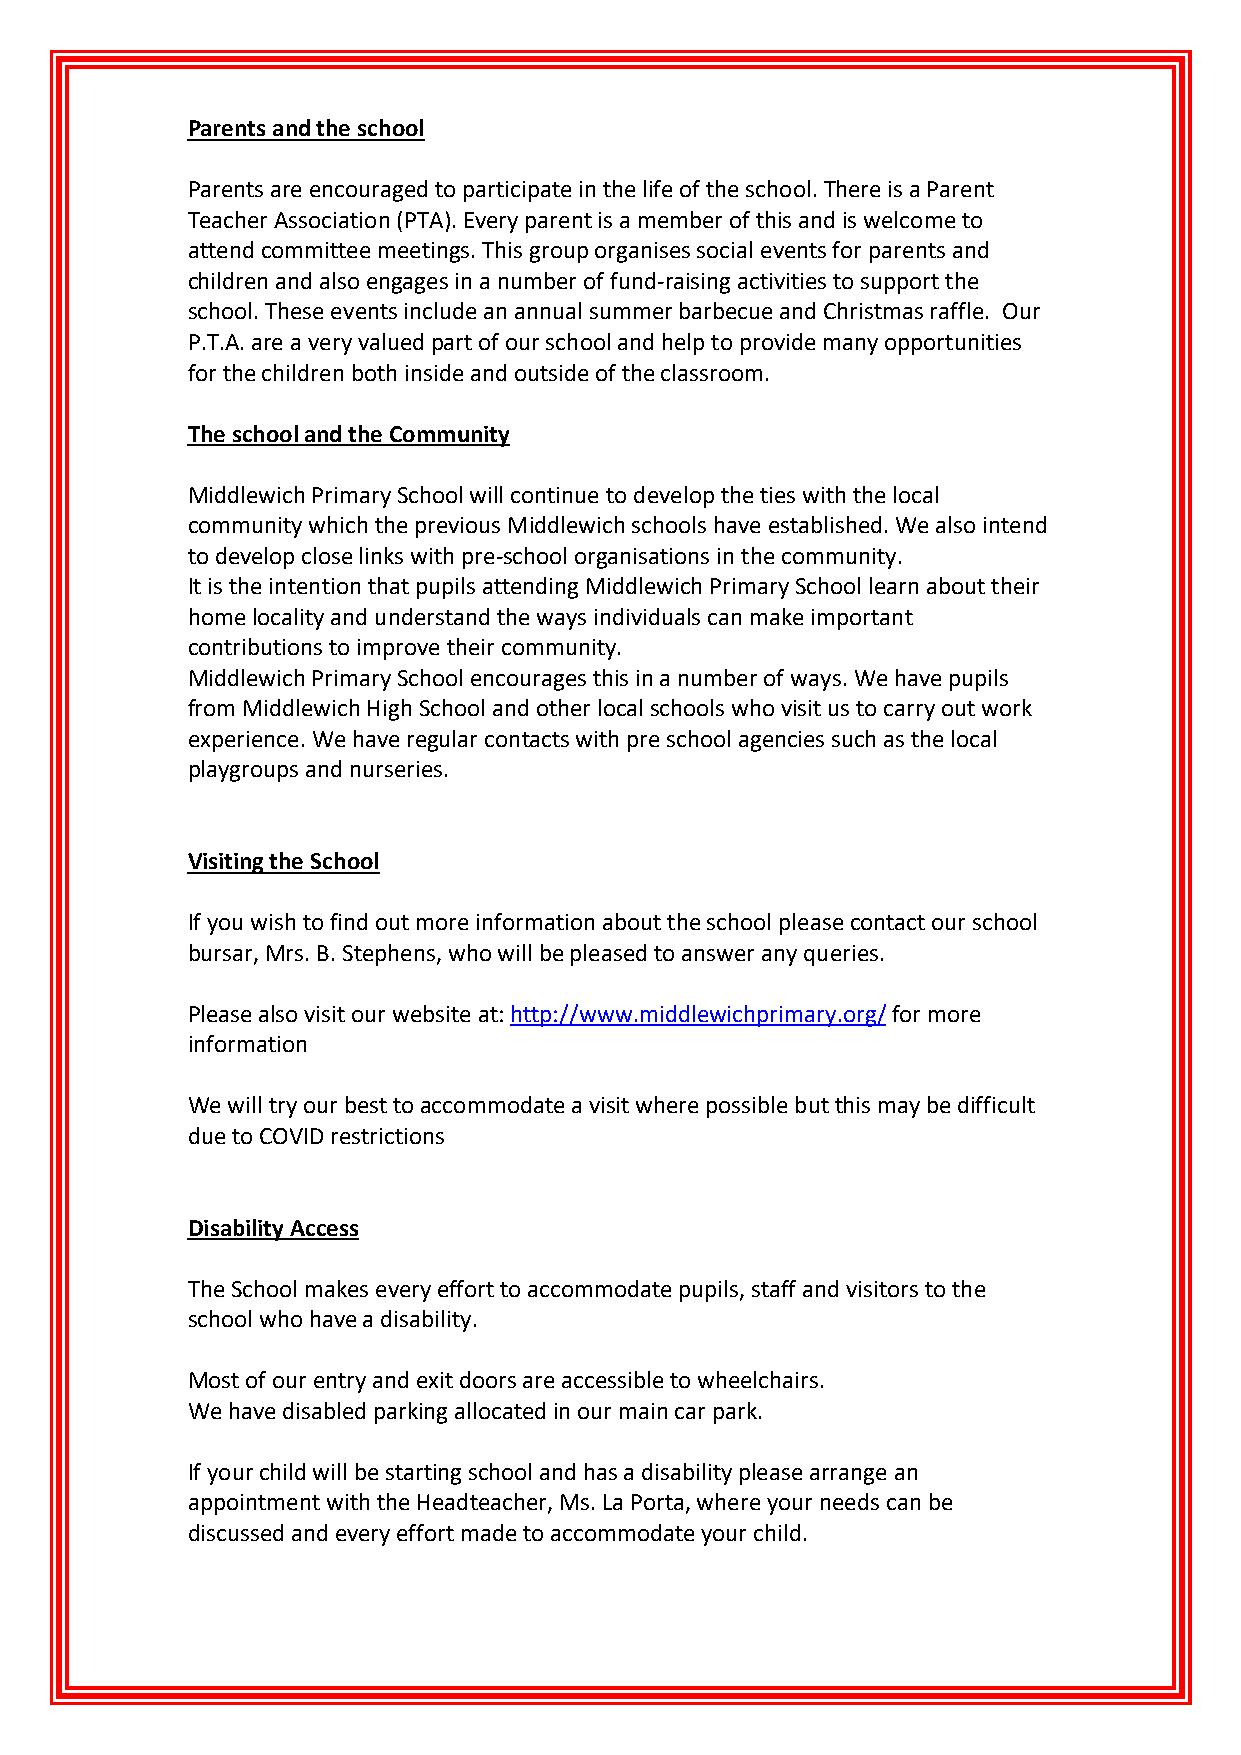
Parents and the school
 Parents are encouraged to participate in the life of the school. There is a Parent
 Teacher Association (PTA). Every parent is a member of this and is welcome to
 attend committee meetings. This group organises social events for parents and
 children and also engages in a number of fund-raising activities to support the
 school. These events include an annual summer barbecue and Christmas raffle. Our
 P.T.A. are a very valued part of our school and help to provide many opportunities
 for the children both inside and outside of the classroom.
 The school and the Community
 Middlewich Primary School will continue to develop the ties with the local
 community which the previous Middlewich schools have established. We also intend
 to develop close links with pre-school organisations in the community.
 It is the intention that pupils attending Middlewich Primary School learn about their
 home locality and understand the ways individuals can make important
 contributions to improve their community.
 Middlewich Primary School encourages this in a number of ways. We have pupils
 from Middlewich High School and other local schools who visit us to carry out work
 experience. We have regular contacts with pre school agencies such as the local
 playgroups and nurseries.
 Visiting the School
 If you wish to find out more information about the school please contact our school
 bursar, Mrs. B. Stephens, who will be pleased to answer any queries.
 Please also visit our website at: http://www.middlewichprimary.org/ for more
 information
 We will try our best to accommodate a visit where possible but this may be difficult
 due to COVID restrictions
 Disability Access
 The School makes every effort to accommodate pupils, staff and visitors to the
 school who have a disability.
 Most of our entry and exit doors are accessible to wheelchairs.
 We have disabled parking allocated in our main car park.
 If your child will be starting school and has a disability please arrange an
 appointment with the Headteacher, Ms. La Porta, where your needs can be
 discussed and every effort made to accommodate your child.